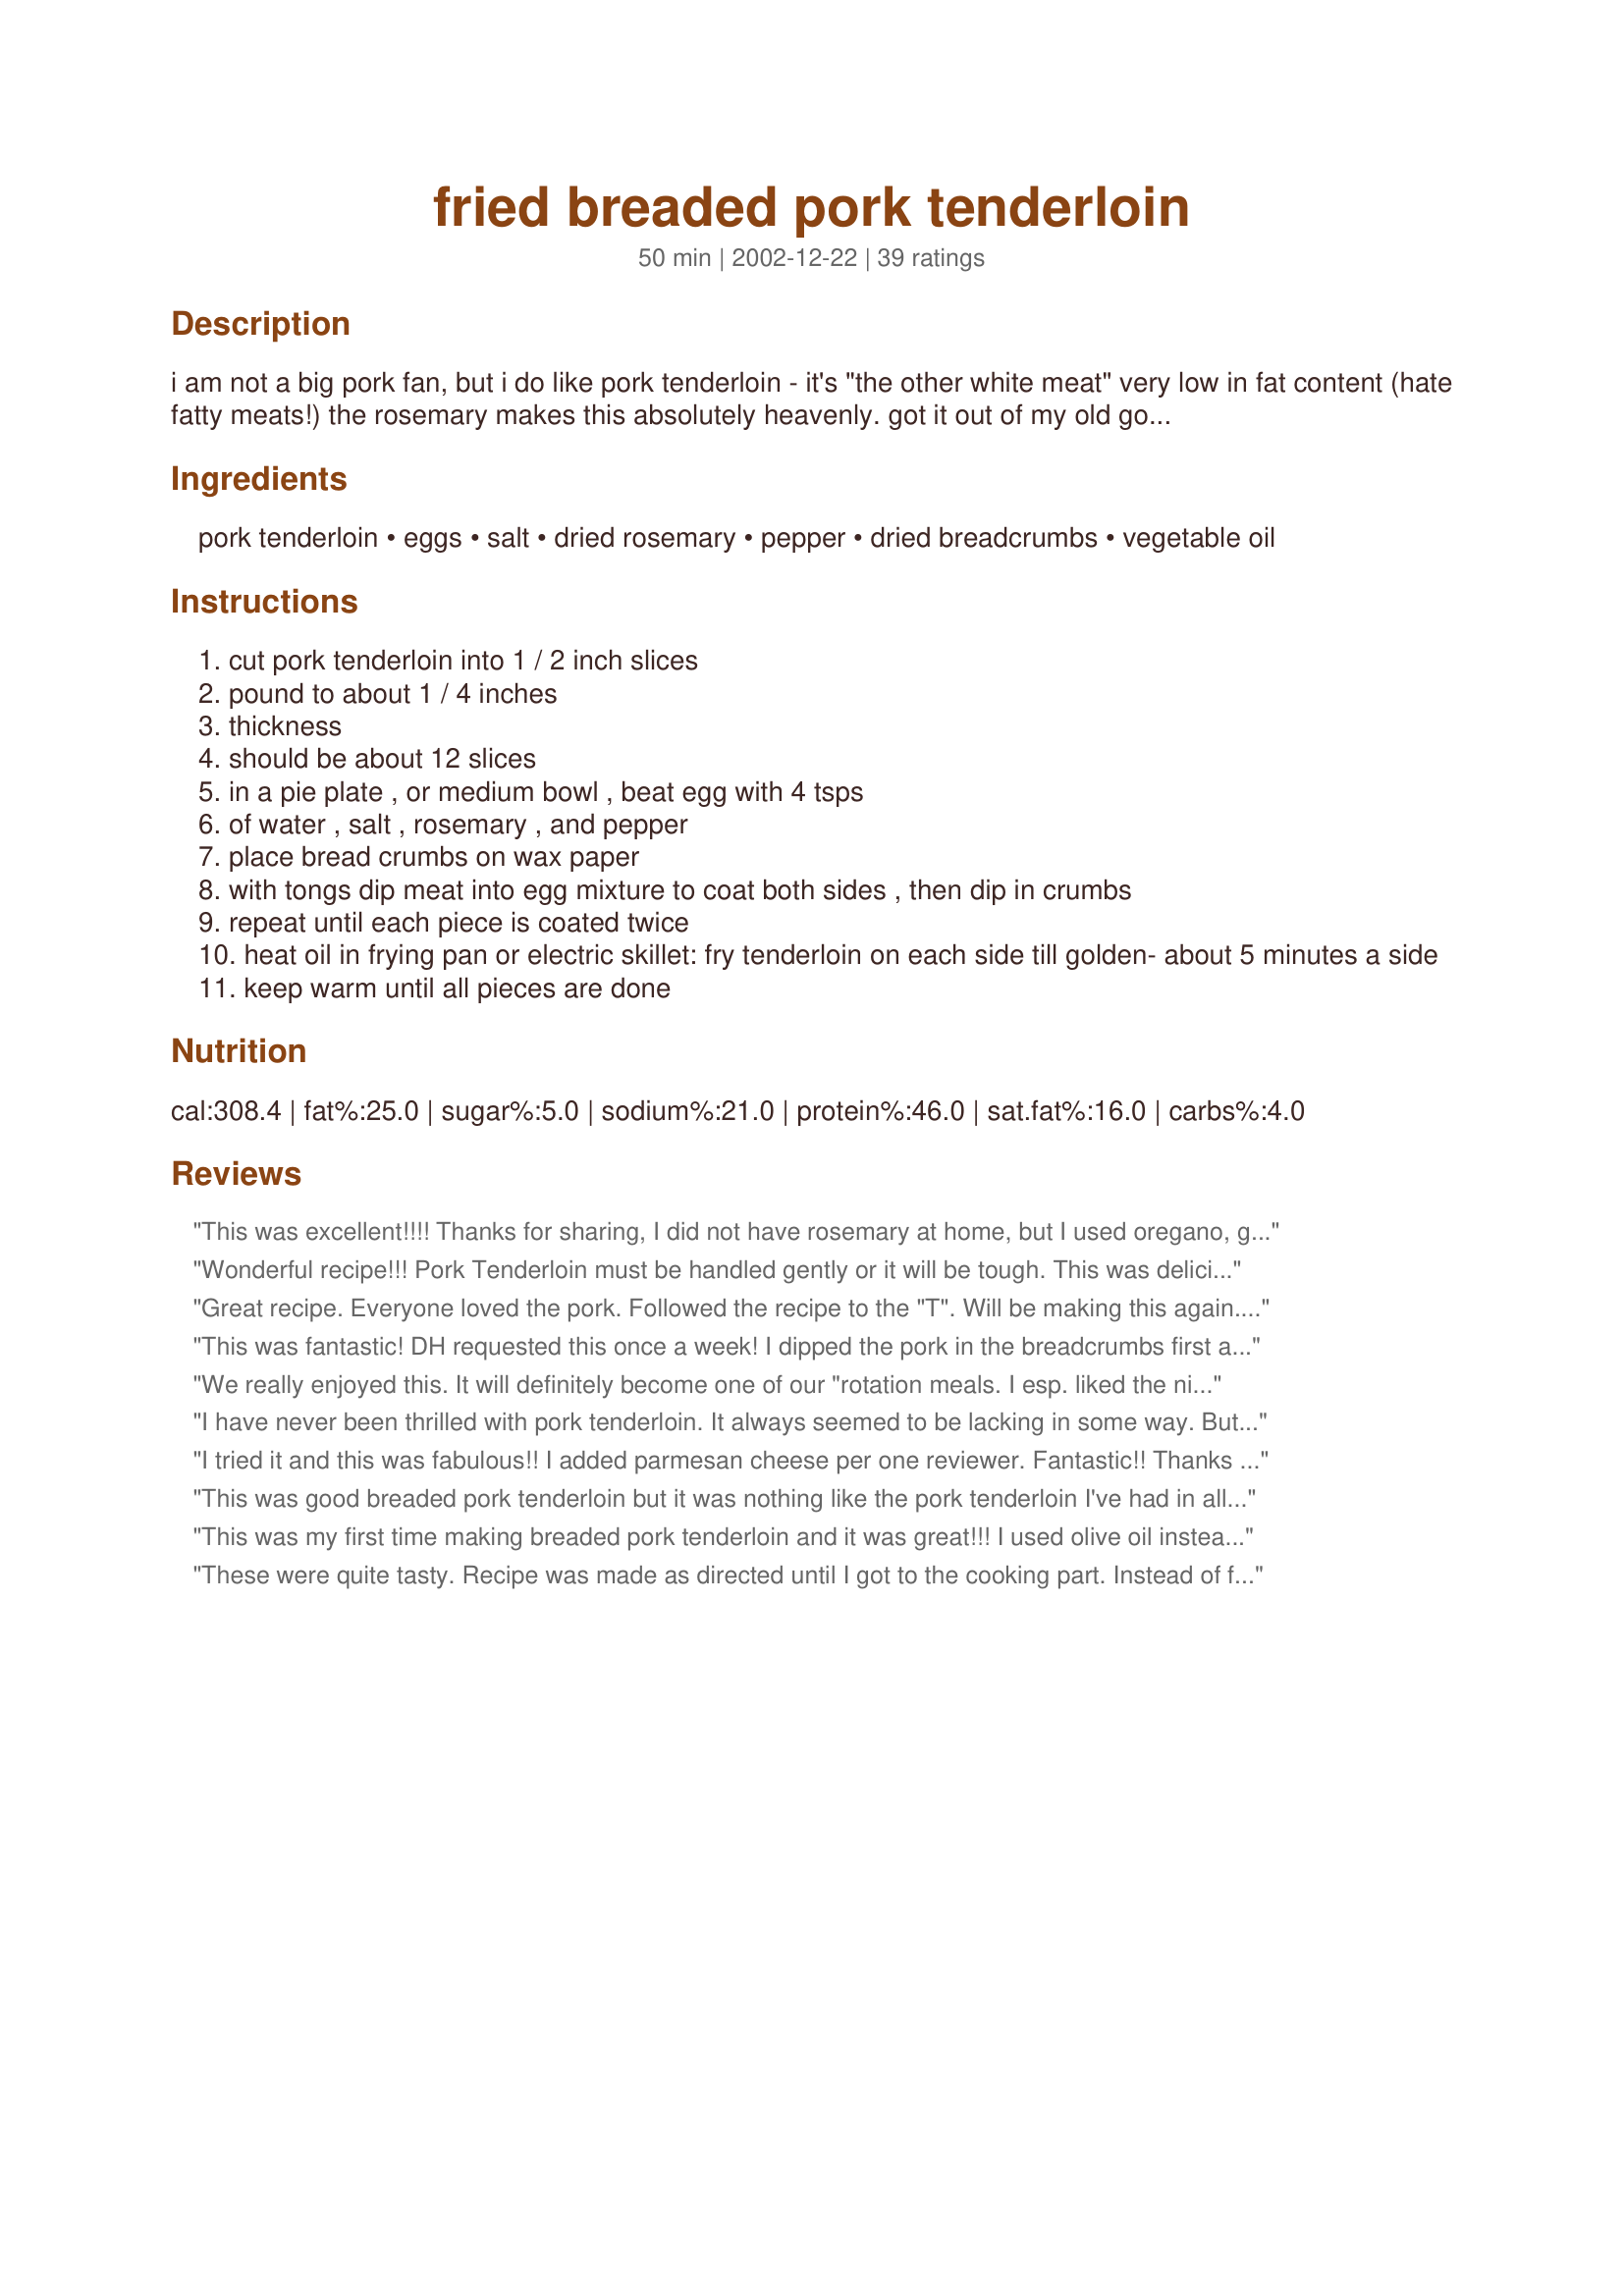
fried breaded pork tenderloin
Preparation time: 50 minutes

i am not a big pork fan, but i do like pork tenderloin - it's "the other white meat" very low in fat content (hate fatty meats!) the rosemary makes this absolutely heavenly. got it out of my old good housekeeping cookbook. (my newlywed bible)i like to make my twice-baked potatoes with this,and some broccoli or asparagus(when it's cheap)

Ingredients:
pork tenderloin, eggs, salt, dried rosemary, pepper, dried breadcrumbs, vegetable oil

Steps:
cut pork tenderloin into 1 / 2 inch slices
pound to about 1 / 4 inches
thickness
should be about 12 slices
in a pie plate , or medium bowl , beat egg with 4 tsps
of water , salt , rosemary , and pepper
place bread crumbs on wax paper
with tongs dip meat into egg mixture to coat both sides , then dip in crumbs
repeat until each piece is coated twice
heat oil in frying pan or electric skillet: fry tenderloin on each side till golden- about 5 minutes a side
keep warm until all pieces are done

Reviews:
This was excellent!!!!
Thanks for sharing, I did not have rosemary at home, but I used oregano, garlic powder, salt, pepper and some adobo seasong it was fantastic with a nice salad.
Thank you this is definitely a keeper!!!
Wonderful recipe!!! Pork Tenderloin must be handled gently or it will be tough. This was delicious and tender. Give it a try! The rosemary absolutely made the dish. Note: I added the rosemary, a little onion and garlic powder to the bread crumbs. Also used milk instead of water.
Great recipe. Everyone loved the pork. Followed the recipe to the "T". Will be making this again. Thanks Mep.
This was fantastic! DH requested this once a week! I dipped the pork in the breadcrumbs first and let them sit in the fridge until just before cook time (abt. 30 min.) and did the final dip in panko. This would be great with pounded chicken breasts too. Thanks.
We really enjoyed this. It will definitely become one of our "rotation meals. I esp. liked the nice breading. It gives this "plain" meat a new character.Made in loving memory of Hep Mep.
I have never been thrilled with pork tenderloin. It always seemed to be lacking in some way. But what you have here basicly are little pork cutlets. I never thought of slicing tenderloins and frying as I would a cutlet. I'm not a huge fan of rosemary in this however, I find it too overwhelming for the delicate pork. So next time I will do this a little differently and substitute dried mint leaves and use fresh minced garlic and grated parmesan in the bread crumbs. (this is how we do our veal and chicken cutlets). But this is a wonderful recipe and I'll make this often with my little changes.
I tried it and this was fabulous!! I added parmesan cheese per one reviewer. Fantastic!! Thanks for posting!
This was good breaded pork tenderloin but it was nothing like the pork tenderloin I've had in all the little Bohemian restaurants throughout the Chicago area. I actually think this could have been perfect but I think the rosemary completely detracted from the dish...which is what everyone else seemed to like about it. Maybe this wasn't meant to be true bohemian breaded pork tenderloin. Aside from the rosemary (which I will omit next time!) these have the potential to be 5 stars. I will try this again and re-rate at that time. Thank you for a good start to re-creating one of my favorite restaurant comfort foods. Hopefully I'll perfect it soon!
This was my first time making breaded pork tenderloin and it was great!!! I used olive oil instead of veg and it was great!! I also paired it with dumplings, pork gravy, and sour craut.
These were quite tasty. Recipe was made as directed until I got to the cooking part. Instead of frying them, I baked them in a baking dish that had been lightly sprayed with nonstick spray in a 350 oven for about 20 minutes, turning over halfway through. (just didn't want to fry this day). Frying might have given the breading a little more crunch, but these crisped up just fine with less oil, less attention and less mess. I will probably make these again.
Oh Mep,these are just so good !!!!. you were so "right on the money"with the egg mixture.i did have to use about another half a cup of bread crumbs. i used boneless chops and made sanwiches out of them. it will be a repeat at our home.thank you again.
This was really tasty, and very quick to prepare. I used a whole pork tenderloin, and did increase the rosemary. My one slight error was in using seasoned breadcrumbs plus adding the salt. Which I think made it a tad too salty. I confess the kids did dip their medallions in ketchup. But hubby and I enjoyed it as is. Thanks for a good and easy recipe.
Wow! Made this for a special meal, it was incredibly good and looked absolutely wonderful on the platter. I made as posted and have to agree the rosemary is heavenly! For 'Lots' I used three teaspoons of the rosemary. I added small potatoes to the pan and they were soo good. Potatoes and rosemary ... who would have thought! Made for a wonderful special occasion meal. Thank you!

Very good. Baked it to lower fat/calories even further. Great, healthy dinner option.
These were perfectly breaded, wonderfully crispy and I love the flavor the rosemary brings out. I rarely eat breaded pork these days and this was a delightful little change of pace which brought me memories of my mom and meals at home years ago. Comfort food! Thanks for posting. ~Sue
Holy cow, I was craving comfort food and I found it here! Absolutely awesome, you could cut this with a butter knife it was so tender! I used italian seasoned breadcrumbs, subbed season salt for the plain salt, and up the rosemary! Served it along side OzMarthas Noodles Romanoff and sugar snap peas, and I was transported to the comfort zone! Thanks for the incredible recipe! It couldn't be easier or tastier!
yum yum yum. i made these last night and they were so good! Also, very easy to make. I haven't cooked pork too much, so I think next time I will lower the heat a little, because some browned up pretty quickly. I used Italian breadcrumbs, and to the egg mixture I added more rosemary like you suggested, plus cayenne pepper, lemon pepper seasoning, and garlic powder. I used a bit more than the 3/4 cup of breadcrumbs also, because I was running low on them for the last pork pieces. I served this with a broccoli/cheese rice mix (Uncle Ben's!) and broccoli. It was very tasty. I can't wait to put the leftovers into some sort of sandwich. Thanks for the recipe!
This recipe is 10 stars all the way....we just loved it...I too added alot more rosemary....
we loved it....thanks
My family and I love these!!!!! This is a family favorite!!!!
Fabulous! I made as written,using more rosemary as Mep says she does, and Italian seasoned breadcrumbs. The hard-working, outdoor man (aka husband) went to town on this, he absolutely loved it. We had this with mashed potatoes and corn. This is the one for us from now on. Thanks MEP :)
This recipe was great for something so simple! My husband is always whining for fried pork chops, but like you, I don't care for fatty meats, either. This is the perfect alternative - fried flavor but a lean tenderloin! I made this recipe exactly as posted (and used extra rosemary, too - great taste!). Served with creamed potatoes and steamed snap peas. Thanks, Mary Ellen!!
Pork tenderloin is a favourite of ours, I was ready to try a new recipe and this one appealed after my Zaar search.
I wasnt sure how much rosemary to use (recipe just says 1/4) I used about 1- 1 1/2 tsps. This gave a lovely mild flavour throughout.
Thanks for sharing.
(Original review 6/18/05)I made this just exactly as stated, and they were TO DIE FOR! It is essential to pound the chops thin, because the breading will start to burn if you cook them too long. My first batch of 3 was a bit dark because I cooked them without really watching, but I found that 3-4 min. a side was perfect. In this amount of time, the meat was still cooked through because it was so thin. I would like to try these on biscuits, too. (Additional comments) I brined the meat this time first. I also need to remind myself not to put the pan over high heat because they burn before cooking through. I wiped out the pan and added fresh oil between batches. We ate these on buns with mayonnaise, lettuce, and tomato.
Very moist and tasty! I would advise everyone to not heat the oil up too high...my tenderloin pieces came out a little too brown for my taste and I set my temperature to medium. But the overall taste was excellent. I just need to adjust the temp to keep them from burning. Thanks for a tasty recipe!
I used a whole pork tenderloin (3-4 lbs.) and tripled the recipe. I used 2 bottles of rosemary and added thyme and oregano to the recipe. My dinner guests raved about the tenderloins, and my sister ate 10 whole loins pieces. We used leftover ones to pork sandwiches, which were excellent too.
We always have pork loin in the house and I was looking for something different to make.... this was out of this world! The only thing I did different was add a little parmesean cheese to the bread crumbs. Fantastic recipe MEP!
I am from Iowa where you can buy fried pork tenderloin sandwiches everywhere you go. Now I live in California and make my own. 

I serve these on a bun with mayo, sliced tomatoe and lettuce.
Can only agree with Kelly, this recipe was great for something so simple! I also used more rosemary. Followed your suggestion and served it with your twice baked potatoes recipe #49397 and steamed broccoli and cauliflower. Great meal!
Nice tender inside and crunchy on the outside, they reminded me of veal or pork cutlets. Served with baby beet greens and new potatoes.
Utterly yum. Used panko crumbs. Made into sandwiches with sesame buns, mayonnaise and dill pickle relish. I could have been back in the midwest. :-)
Great recipe. I made half a recipe and added parmesan cheese into the crust ingredients. Very quick and very good. Served with Recipe #14409.
This was the first time I have ever made pork and it was fast, easy, and delicious!! I bought pre-cut pork so I didn't need to pound them any thinner. The leftovers were just as good the next day as well!
Mouth melting good! I used readily marinated pork tenderloin, which obviously had plenty flavor in itself, apart from that I proceeded as instructed. The rosemary was heavenly in this recipe! If using unmarinated tenderloin, I think I would use more spices, like garlic powder and maybe lemonpepper or lemon rind, and a lot more rosemary. Might be better to add the spices to the breadcrumbs, at least that gets all used. Lovely recipe, anyhow!
Gotta add my five stars to this, too. So simple, yet so good.
Simple and delish. I used a dense sourdough for my breadcrumbs and we always sprinkle on a little lemon juice at the end. Thanks!
DH and I really enjoyed these and I was amazed at how how tender they were. I did find the batter to be a bit on the bland side so after frying the first batch I added garlic powder, cayenne pepper and white pepper to the egg wash. I then added a little cayenne pepper, crushed red pepper flakes and granulated garlic powder to the bread crumb mixture. I also used Italian seasoned bread crumbs and deep fried the pork instead of using a skillet. With the last batch DH and I decided to get a little adventurous and rubbed hot sauce on the medaillons, dipped in bread crumbs, then in egg wash and back in the bread crumbs. The last batch was the best of all. I don't know why, but the idea of frying pork tenderloins never occurred to me. I'm sure glad I found this recipe.
I will be making these as sandwiches....and definitely the Penguin Point way.......with cheese shredded cabbage and mayo and mustart mixture sauce......You haven't tasted heaven on a bun until you've had a Penguin Point tenderloin sandwich!!!!
A nice alternative to roasted pork tenderloin. Turned out surprisingly moist!
We really enjoyed this and so easy thank you
